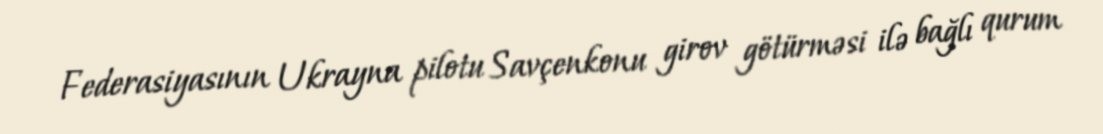
Federasiyasının Ukrayna pilotu Savçenkonu girov götürməsi ilə bağlı qurum